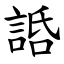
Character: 䛡